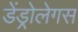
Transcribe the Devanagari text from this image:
डेंड्रोलेगस